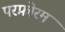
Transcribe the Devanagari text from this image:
परफ़ोरम